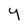
Character: Y